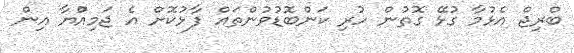
ބްރިޖް އެޅުމާ ގުޅޭ ގޮތުން ހުރި ކަންބޮޑުވުންތައް ފާޅުކޮށް އެ ޖަމިއްުޔާ އިން